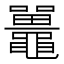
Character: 鼉